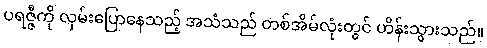
ပရဇ္ဇီကို လှမ်းပြောနေသည့် အသံသည် တစ်အိမ်လုံးတွင် ဟိန်းသွားသည်။